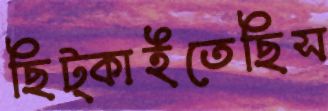
ছিট্‌কাইতেছিস